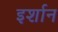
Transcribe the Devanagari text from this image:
इर्शान